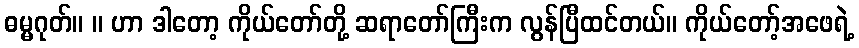
ဓမ္မဂုတ်။ ။ ဟာ ဒါတော့ ကိုယ်တော်တို့ ဆရာတော်ကြီးက လွန်ပြီထင်တယ်။ ကိုယ်တော့်အဖေရဲ့